65_HS1-834228961_62-HQ-83894_Section_7
Agency: FBI
Page 42
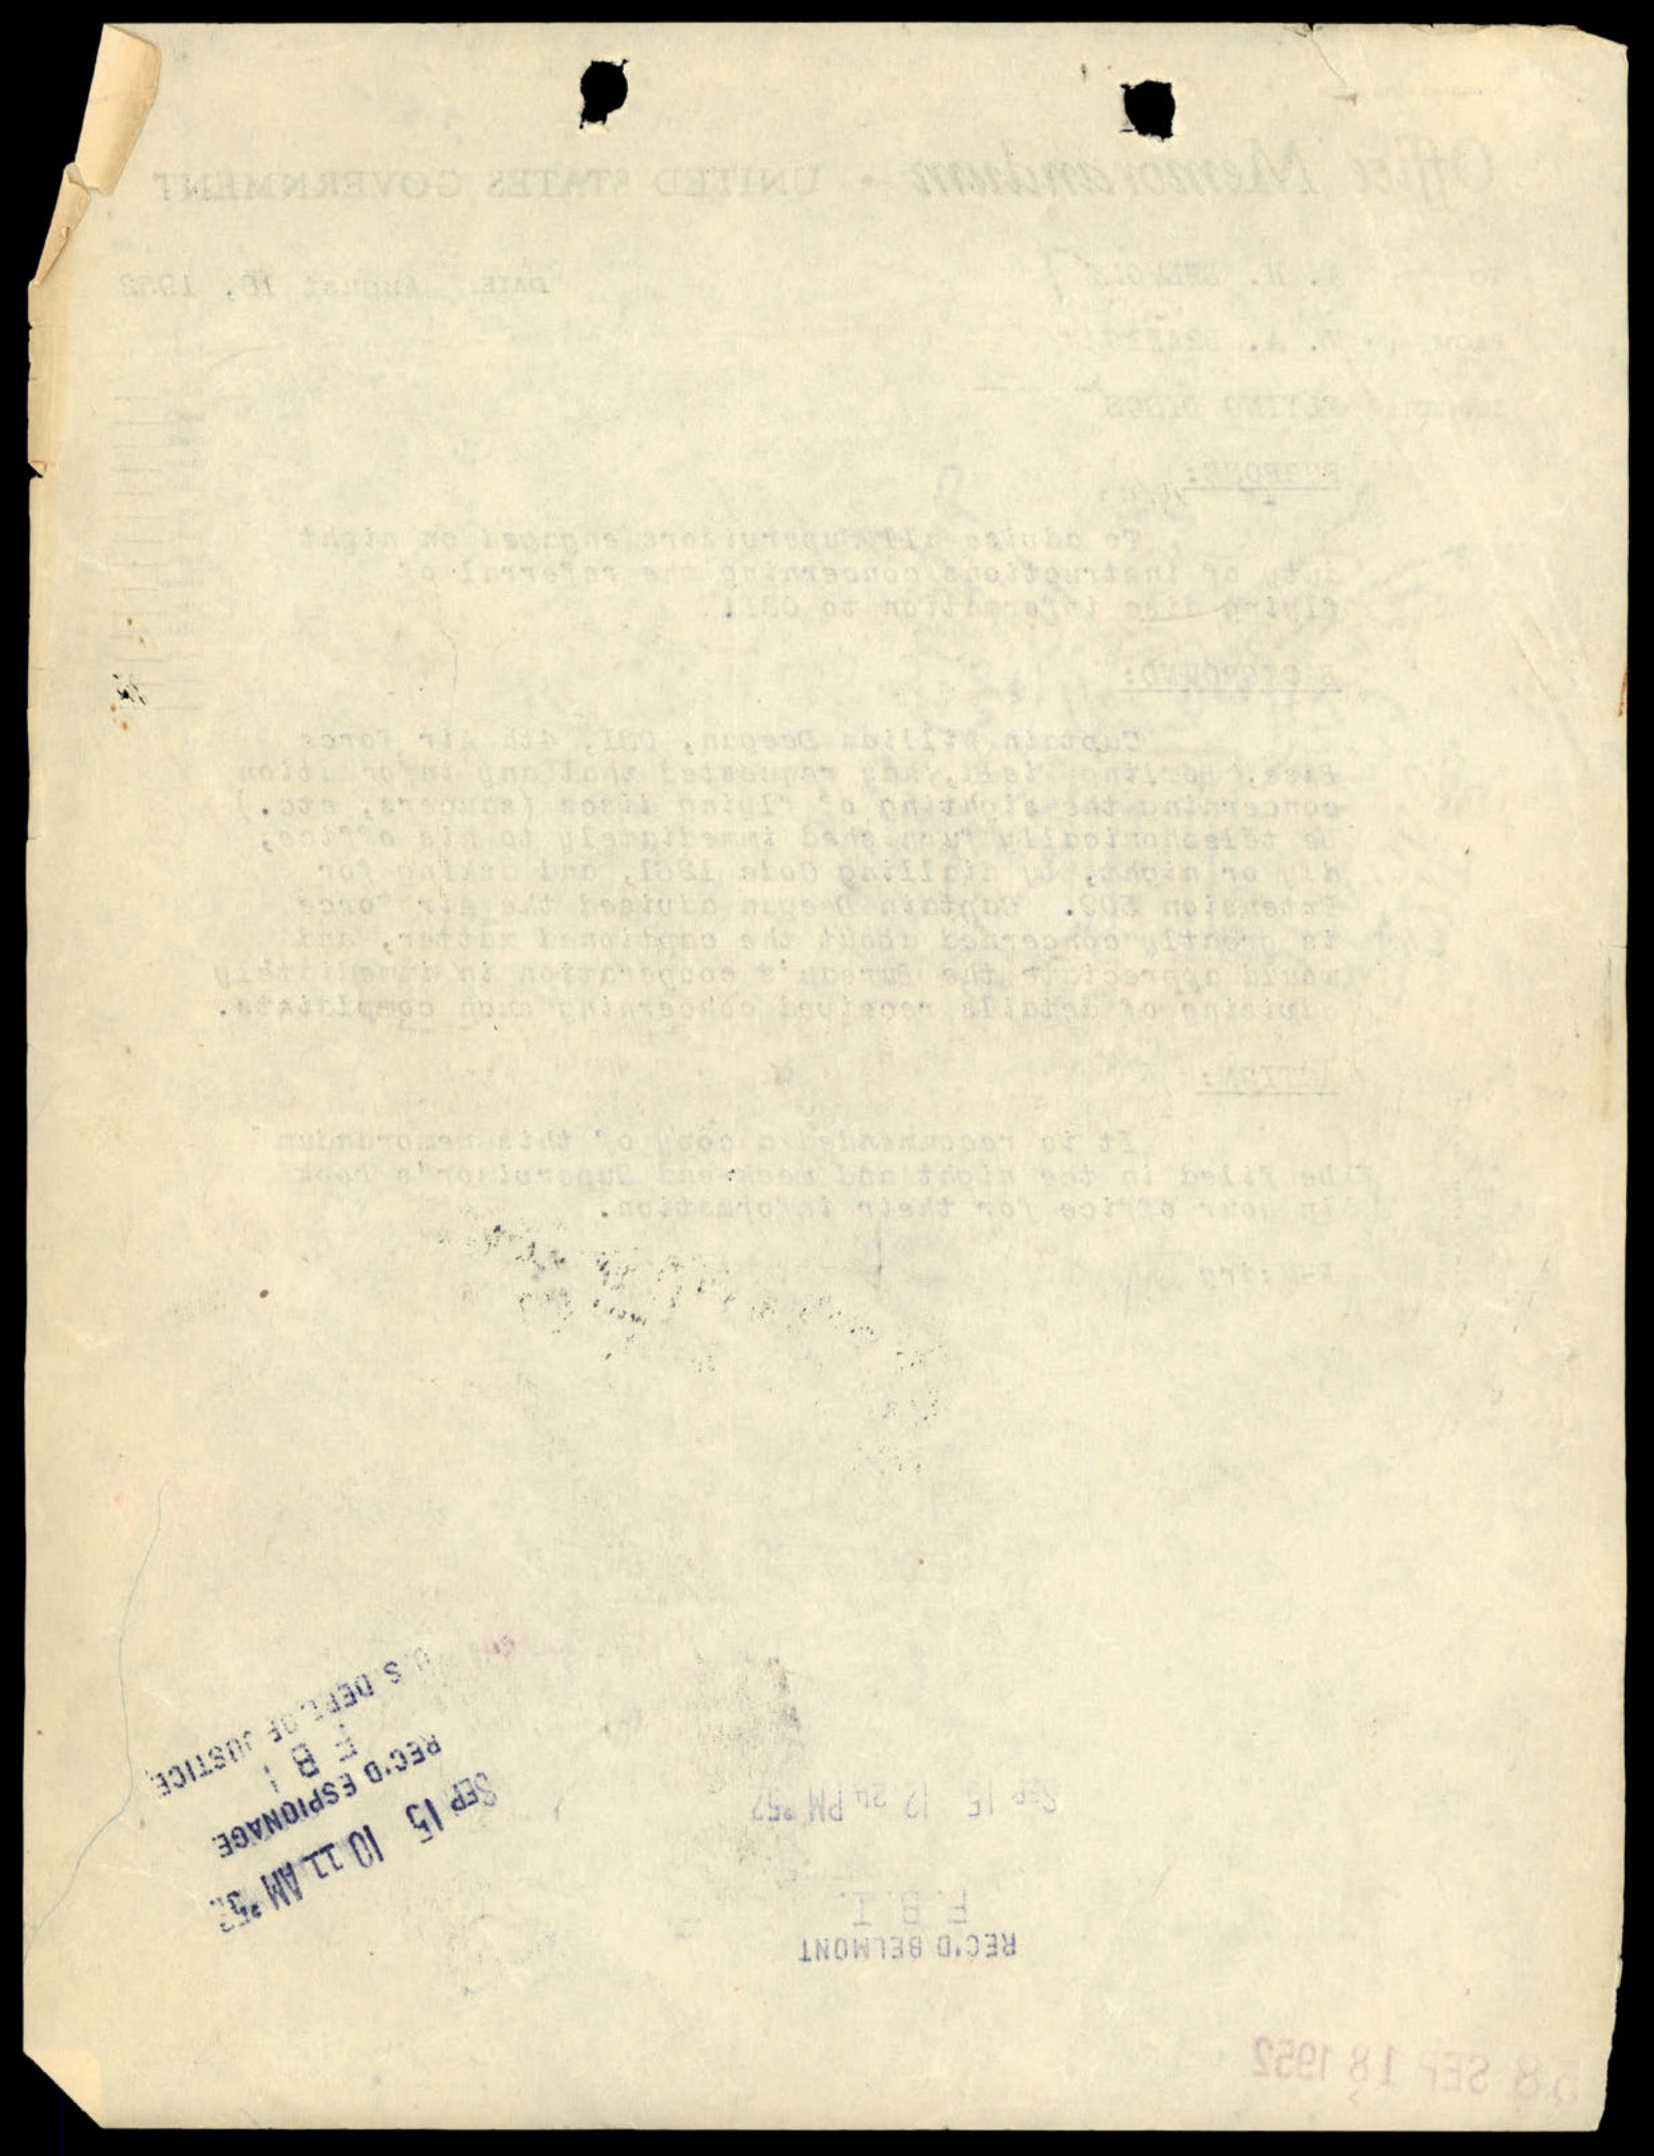